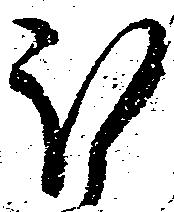
ほ